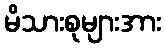
မိသားစုများအား